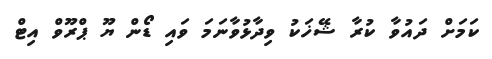
ކަމަށް ދައުވާ ކުރާ ޝޭޚަކު ވިދާޅުވާނަމަ ވައި ޑޯން ޔޫ ޕްރޫވް އިޓް